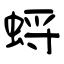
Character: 蛶